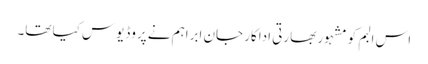
اس البم کو مشہور بھارتی اداکار جان ابراہم نے پروڈیوس کیا تھا۔